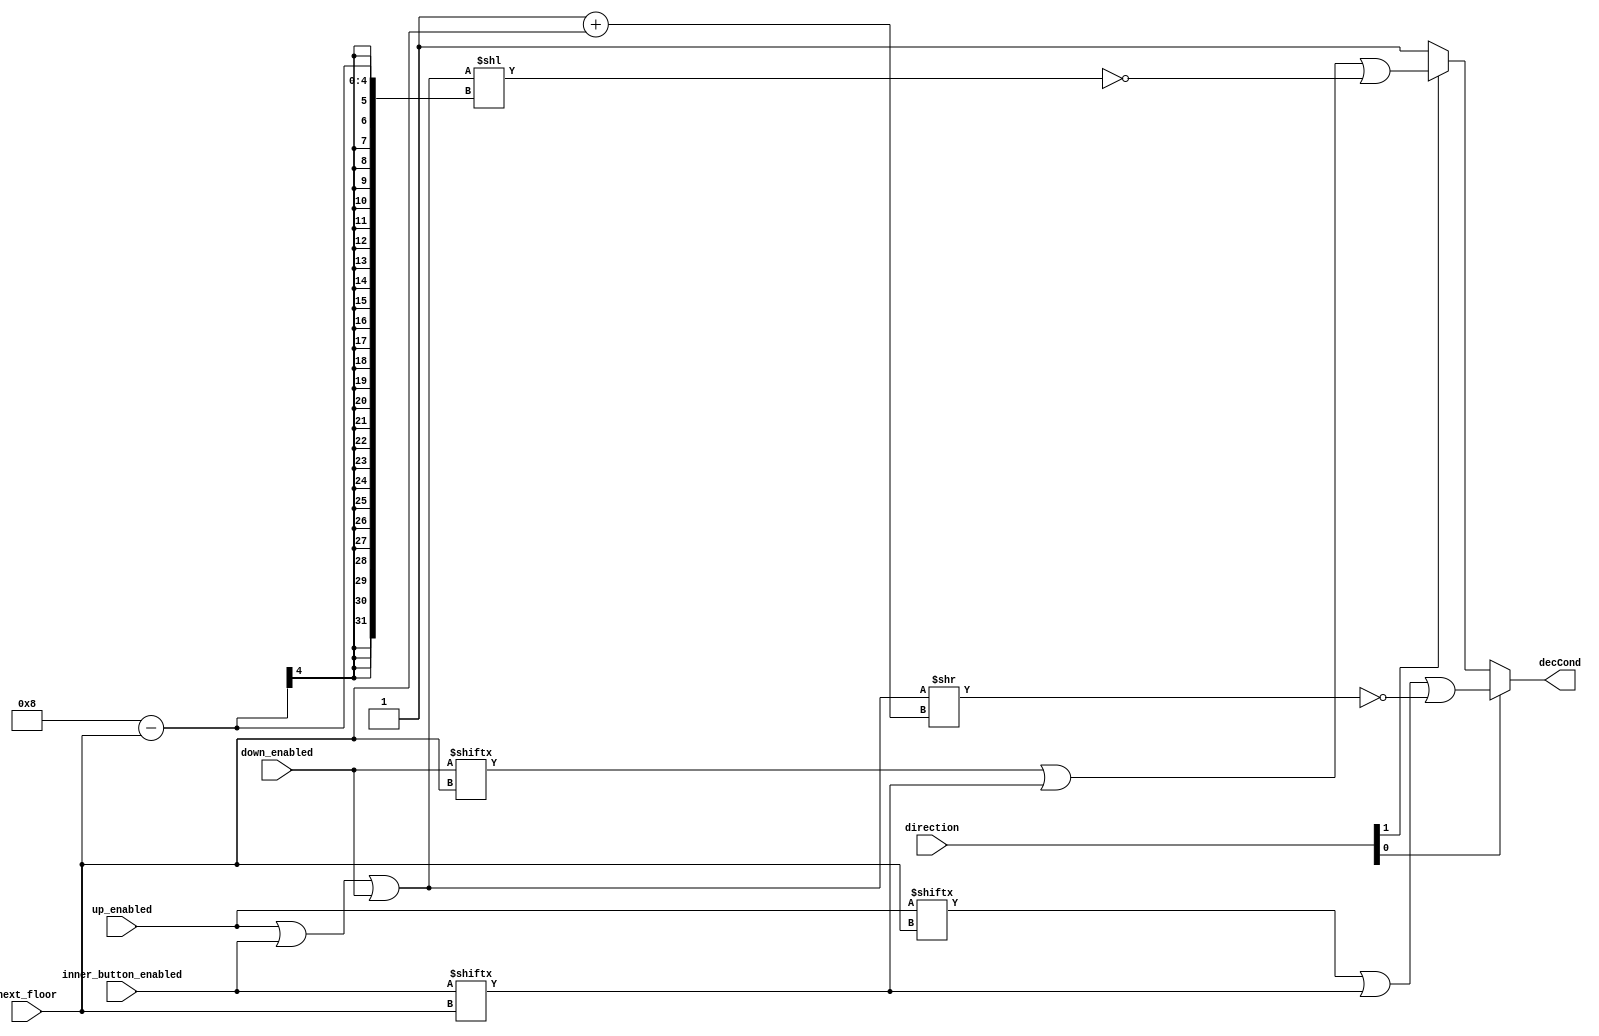
`timescale 1ns / 1ps
//////////////////////////////////////////////////////////////////////////////////
// Company: 
// Engineer: 
// 
// Design Name: 
// Module Name: decCondition
// Project Name: 
// Target Devices: 
// Tool Versions: 
// Description: 
// 
// Dependencies: 
// 
// Revision:
// Revision 0.01 - File Created
// Additional Comments:
// 
//////////////////////////////////////////////////////////////////////////////////


module decCondition(
  input [2:0] next_floor, 
  input [1:0] direction,
  input [7:0] up_enabled,
  input [7:0] down_enabled, 
  input [7:0] inner_button_enabled,
  output reg decCond
  );
  parameter D_UP   = 1'b0,
            D_DOWN = 1'b1;
  wire [7:0] all;
  assign all = up_enabled | inner_button_enabled | down_enabled ;
  wire [7:0] tmp1, tmp2;
  assign tmp1 = all >> (1+next_floor);
  assign tmp2 = all << (8-next_floor);

  always @(*) begin
    if(direction[D_UP]) begin
      decCond = up_enabled[next_floor] || inner_button_enabled[next_floor] || (tmp1 == 8'b0);
    end 
    else if(direction[D_DOWN]) begin
      decCond = down_enabled[next_floor] || inner_button_enabled[next_floor] || (tmp2 == 8'b0);
    end
    else 
      decCond = 1;
  end
endmodule